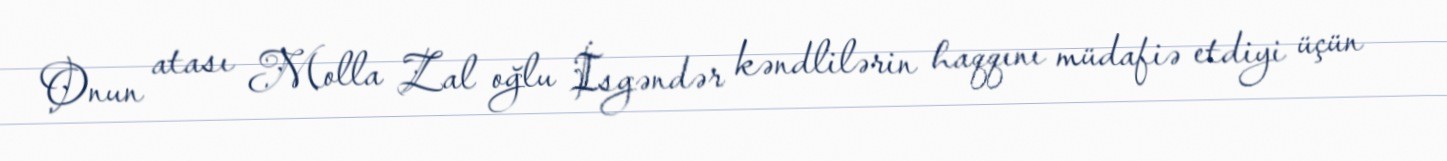
Onun atası Molla Zal oğlu İsgəndər kəndlilərin haqqını müdafiə etdiyi üçün